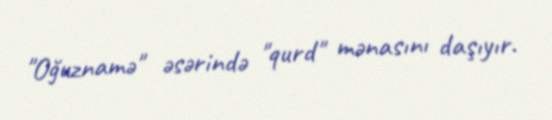
"Oğuznamə" əsərində "qurd" mənasını daşıyır.